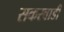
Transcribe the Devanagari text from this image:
सकरवाडी